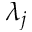
\lambda _ { j }